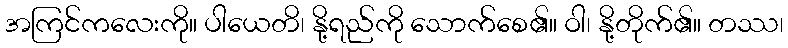
အကြင်ကလေးကို။ ပါယေတိ၊ နို့ရည်ကို သောက်စေ၏။ ဝါ၊ နို့တိုက်၏။ တဿ၊